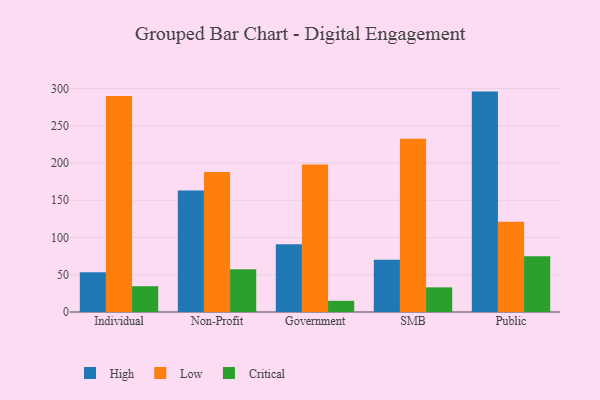
{"axis": {"x": "Segment", "y": "Website Visitors"}, "legend": ["Critical", "High", "Low"], "data": [{"x": "Individual", "y": 53.5, "type": "High"}, {"x": "Individual", "y": 290.0, "type": "Low"}, {"x": "Individual", "y": 34.6, "type": "Critical"}, {"x": "Non-Profit", "y": 163.1, "type": "High"}, {"x": "Non-Profit", "y": 187.8, "type": "Low"}, {"x": "Non-Profit", "y": 57.4, "type": "Critical"}, {"x": "Government", "y": 90.8, "type": "High"}, {"x": "Government", "y": 198.0, "type": "Low"}, {"x": "Government", "y": 15.0, "type": "Critical"}, {"x": "SMB", "y": 70.1, "type": "High"}, {"x": "SMB", "y": 232.6, "type": "Low"}, {"x": "SMB", "y": 33.1, "type": "Critical"}, {"x": "Public", "y": 295.8, "type": "High"}, {"x": "Public", "y": 121.2, "type": "Low"}, {"x": "Public", "y": 74.9, "type": "Critical"}]}